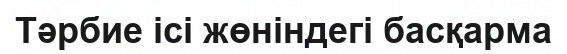
Тәрбие ісі жөніндегі басқарма